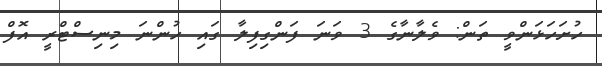
ހުށަހަޅަންވީ ތަން: ވެލާނާގެ 3 ވަނަ ފަންގިފިލާ ގައި ހުންނަ މިނިސްޓްރީ އޮފް